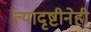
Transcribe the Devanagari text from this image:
त्यादृष्टीनेही